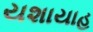
યશાયાહ